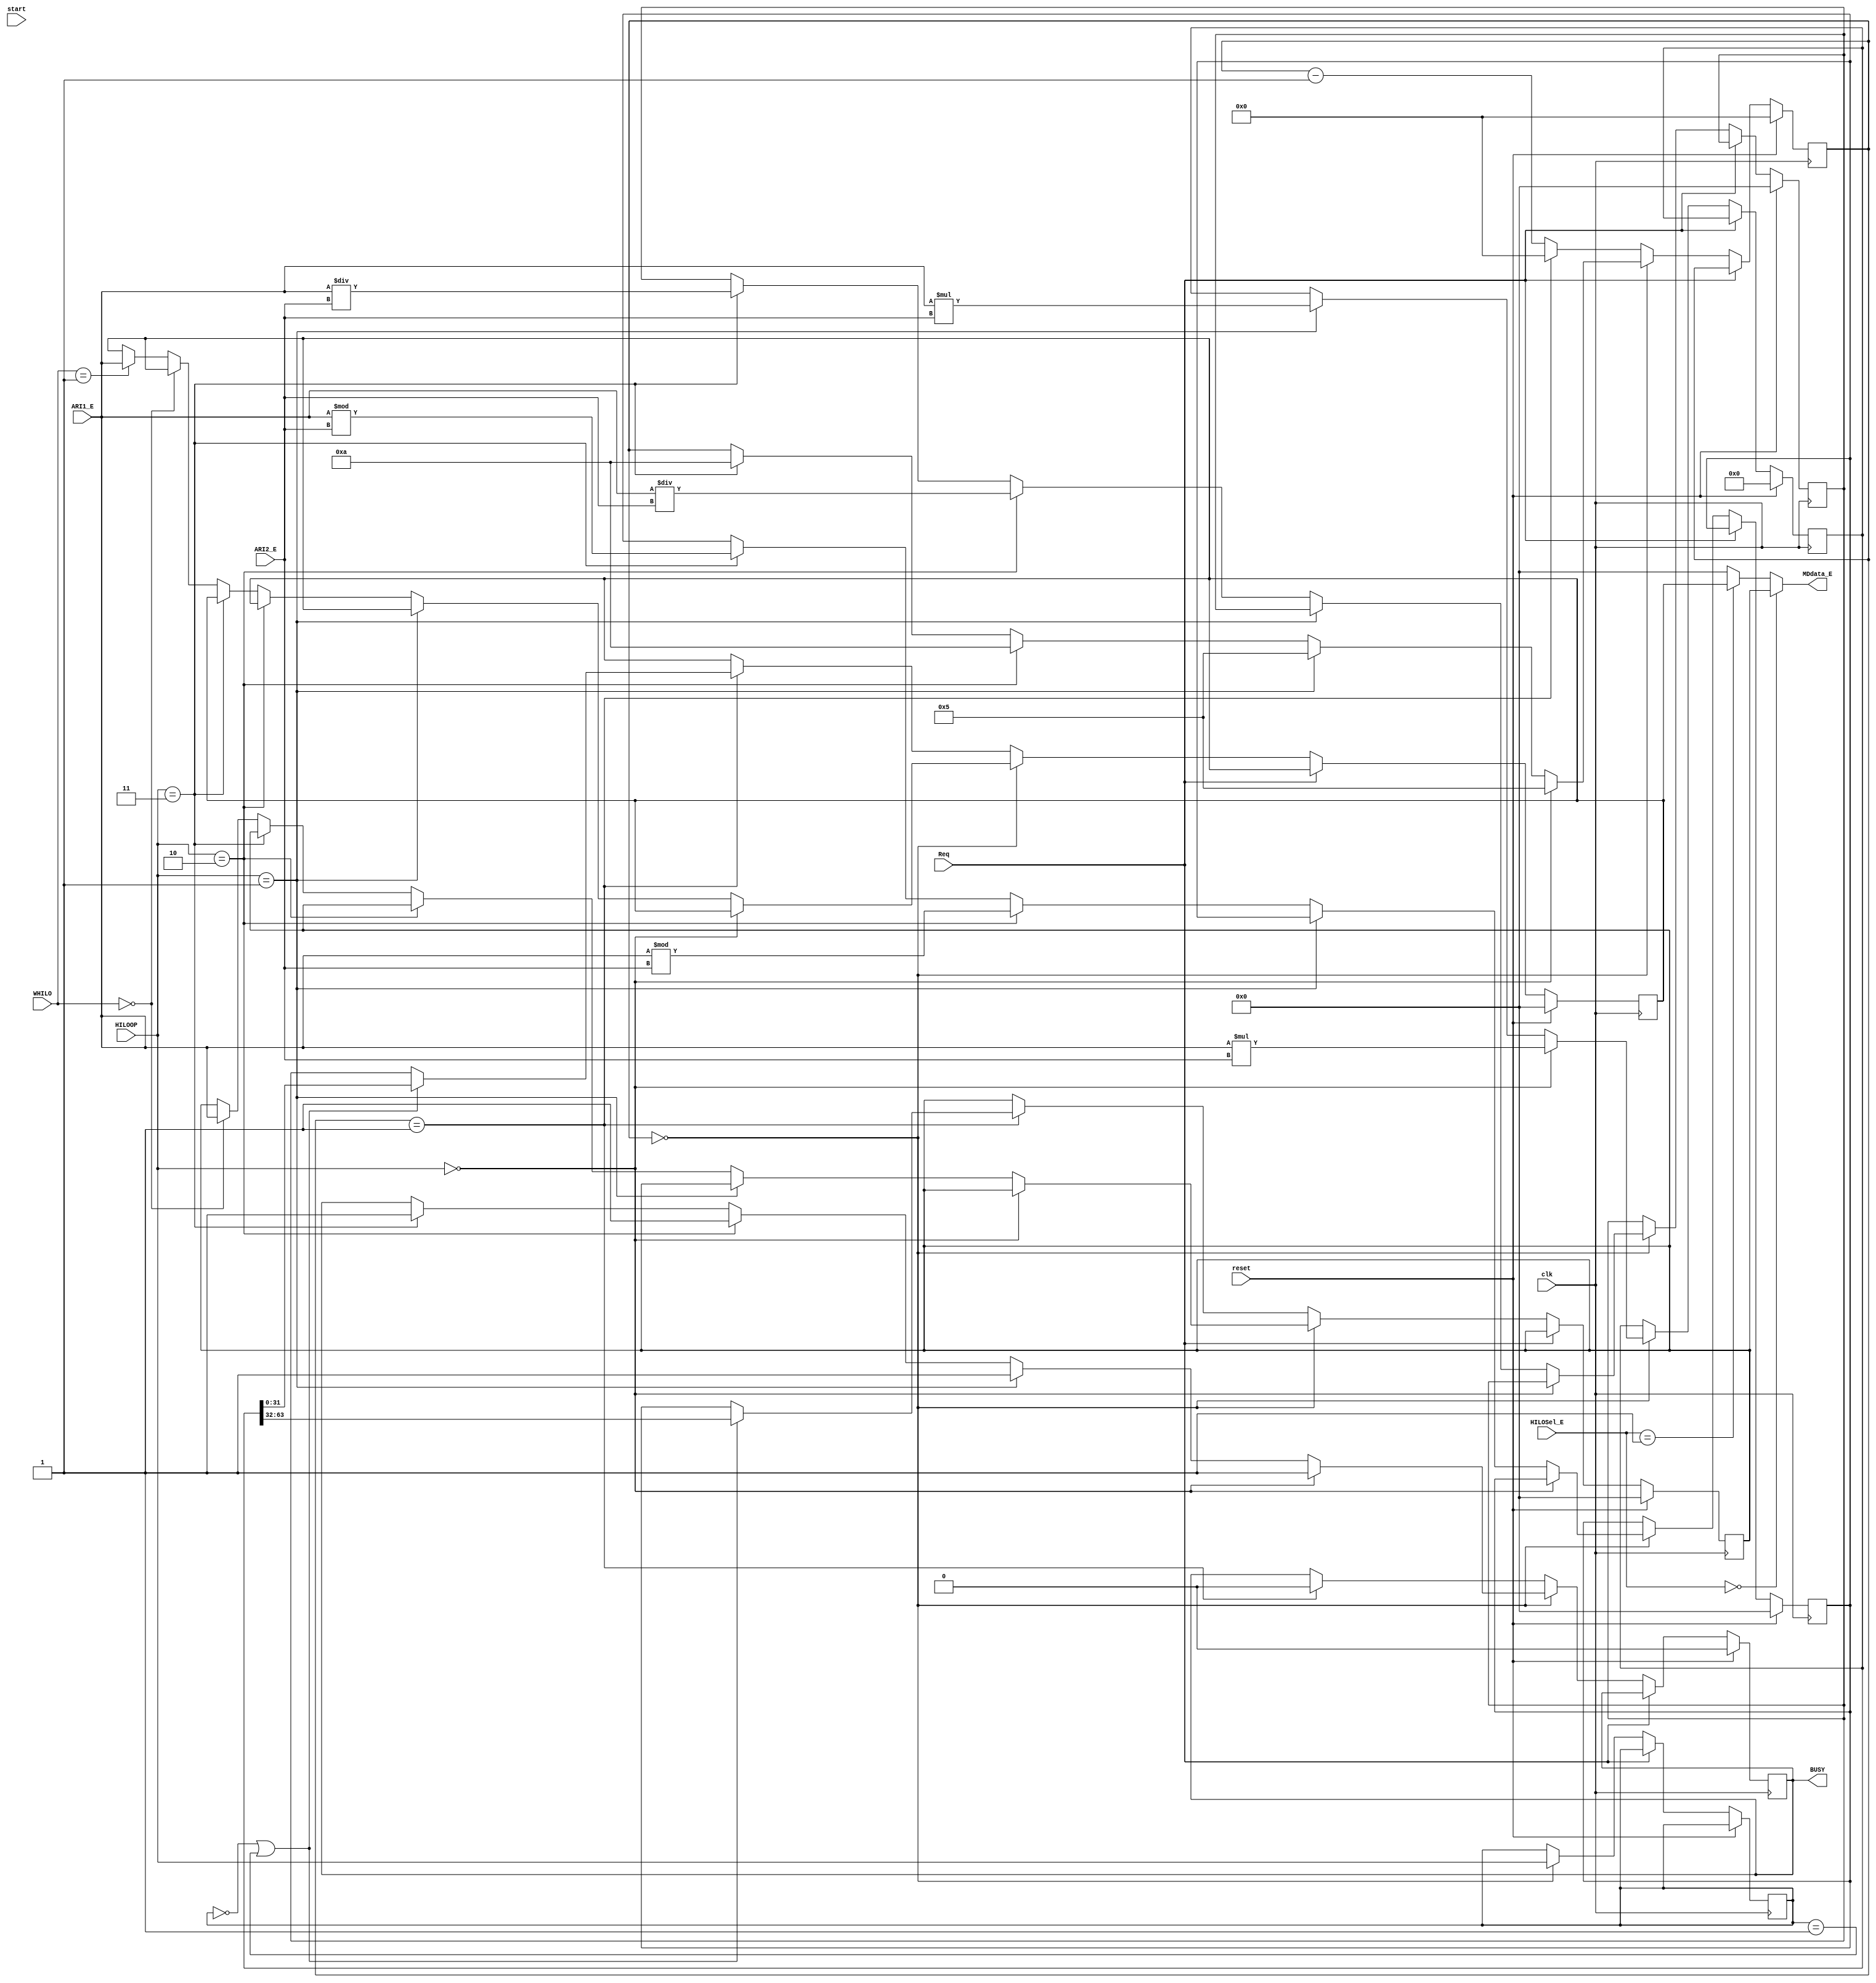
`timescale 1ns / 1ps
//////////////////////////////////////////////////////////////////////////////////
// Company: 
// Engineer: 
// 
// Design Name: 
// Module Name:    E_HILO 
// Project Name: 
// Target Devices: 
// Tool versions: 
// Description: 
//
// Dependencies: 
//
// Revision: 
// Revision 0.01 - File Created
// Additional Comments: 
//
//////////////////////////////////////////////////////////////////////////////////
module E_HILO(
    input [31:0] ARI1_E,
	 input [31:0] ARI2_E,
    input clk,
    input reset,
	 input start,
    input [2:0] HILOOP,
    input [1:0] HILOSel_E,
	 input [1:0] WHILO,
    output [31:0] MDdata_E,
	 output BUSY,
	 input Req
    );

reg [63:0] result;
reg [31:0] HI;
reg [31:0] LO;
reg busy;
reg [3:0]times;
reg [31:0] low;
reg [31:0] high;
reg [2:0] HILOTYPE;

always @(posedge clk)begin
	if(reset)begin
		HI <= 32'b0;
		LO <= 32'b0;
		busy <= 0;
		times <= 0;
		low <= 0;
		high <= 0;
		result <= 0;
	end
	else if (!Req)begin
		if(times == 0)begin
			HILOTYPE <= HILOOP;
			if(HILOOP == 3'b000)begin
				busy <= 1;
				times <= 5;
				result <= $signed(ARI1_E)*$signed(ARI2_E);
			end
			else if(HILOOP == 3'b001)begin
				busy <= 1;
				times <= 5;
				result <= ARI1_E*ARI2_E;
			end
			else if(HILOOP == 3'b010)begin
				busy <= 1;
				times <= 10;
				low <= $signed(ARI1_E)/$signed(ARI2_E);
				high <= $signed(ARI1_E)%$signed(ARI2_E);
			end
			else if(HILOOP == 3'b011)begin
				busy <= 1;
				times <= 10;
				low <= ARI1_E/ARI2_E;
				high <= ARI1_E%ARI2_E;
			end
			else if(WHILO == 2'b00)begin
				HI <= ARI1_E;
			end
			else if(WHILO == 2'b01)begin
				LO <= ARI1_E;
			end
			else begin
			
			end
		end
		else if(times == 1)begin
			busy <= 0;
			times <= 0;
			if(HILOTYPE == 3'b000 || HILOTYPE == 3'b001)begin
				HI <= result[63:32];
				LO <= result[31:0];
			end
			else begin
				HI <= high;
				LO <= low;
			end
		end
		else begin
			times <= times - 1;
		end
	end
end

assign BUSY = busy;

assign MDdata_E = (HILOSel_E == 2'b00)? HI :
					   (HILOSel_E == 2'b01)? LO :
						0;


endmodule